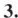
3.